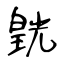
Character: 皝